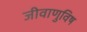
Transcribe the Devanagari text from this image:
जीवाणुविष